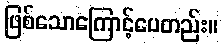
ဖြစ်သောကြောင့်ပေတည်း။